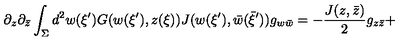
\partial _ { z } \partial _ { \bar { z } } \int _ { \Sigma } d ^ { 2 } w ( \xi ^ { \prime } ) G ( w ( \xi ^ { \prime } ) , z ( \xi ) ) J ( w ( \xi ^ { \prime } ) , \bar { w } ( \bar { \xi } ^ { \prime } ) ) g _ { w \bar { w } } = - { \frac { J ( z , \bar { z } ) } { 2 } } g _ { z \bar { z } } +